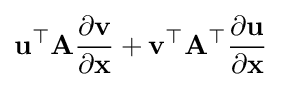
\mathbf {u} ^{\top }\mathbf {A} {\frac {\partial \mathbf {v} }{\partial \mathbf {x} }}+\mathbf {v} ^{\top }\mathbf {A} ^{\top }{\frac {\partial \mathbf {u} }{\partial \mathbf {x} }}